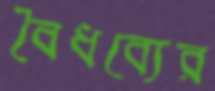
বৈধব্যের